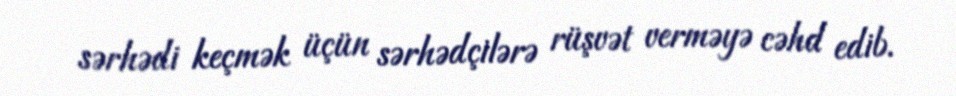
sərhədi keçmək üçün sərhədçilərə rüşvət verməyə cəhd edib.